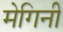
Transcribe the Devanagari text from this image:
मेगिनी